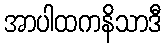
အာပါထကနိသာဒီ